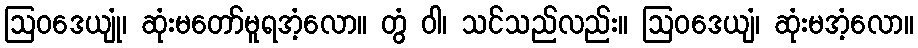
ဩဝဒေယျုံ၊ ဆုံးမတော်မူရအံ့လော။ တွံ ဝါ၊ သင်သည်လည်း။ ဩဝဒေယျံ၊ ဆုံးမအံ့လော။